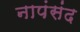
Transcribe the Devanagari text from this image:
नापंसंद